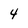
Character: 4